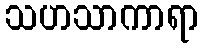
သဟသာကာရာ